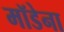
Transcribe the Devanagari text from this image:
मॉडेना